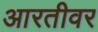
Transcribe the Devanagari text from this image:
आरतीवर